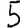
Digit: 5